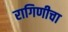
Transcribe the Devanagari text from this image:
रागिणीचा